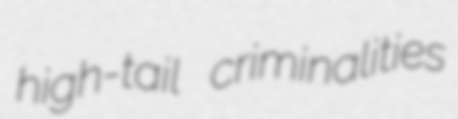
high-tail criminalities